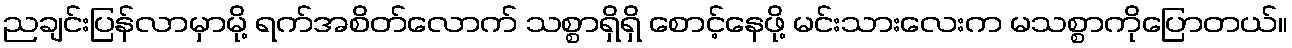
ညချင်းပြန်လာမှာမို့ ရက်အစိတ်လောက် သစ္စာရှိရှိ စောင့်နေဖို့ မင်းသားလေးက မသစ္စာကိုပြောတယ်။